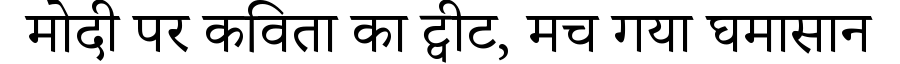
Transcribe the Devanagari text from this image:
मोदी पर कविता का ट्वीट, मच गया घमासान